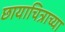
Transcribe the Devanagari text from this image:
छायाचित्राच्या